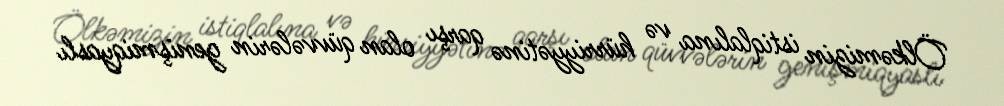
Ölkəmizin istiqlalına və hürriyyətinə qarşı olan qüvvələrin genişmiqyaslı